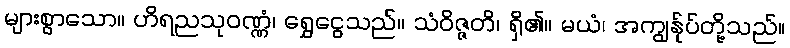
များစွာသော။ ဟိရညသုဝဏ္ဏံ၊ ရွှေငွေသည်။ သံဝိဇ္ဇတိ၊ ရှိ၏။ မယံ၊ အကျွန်ုပ်တို့သည်။